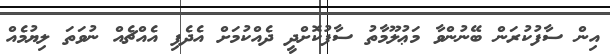
އިން ސާފުކުރަން ބޭނުންވާ މަޢުލޫމާތު ސާފުކޮށްދީ ދެއްކުމަށް އެދެފި އެއްޗެއް ނުވަތަ ލިޔުމެއް